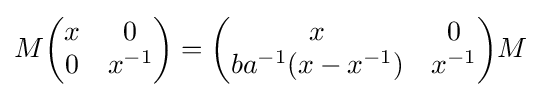
M{\begin{pmatrix}x&0\\0&x^{-1}\end{pmatrix}}={\begin{pmatrix}x&0\\ba^{-1}(x-x^{-1})&x^{-1}\end{pmatrix}}M